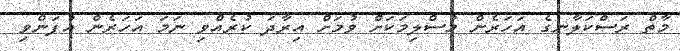
މާތް ރަސްކަލާނގެ އަހަރެން މުސްލިމަކަށް ވުމަށް އިރާދަ ކުރެއްވި ނަމަ އަހަރެން އުފަންވި